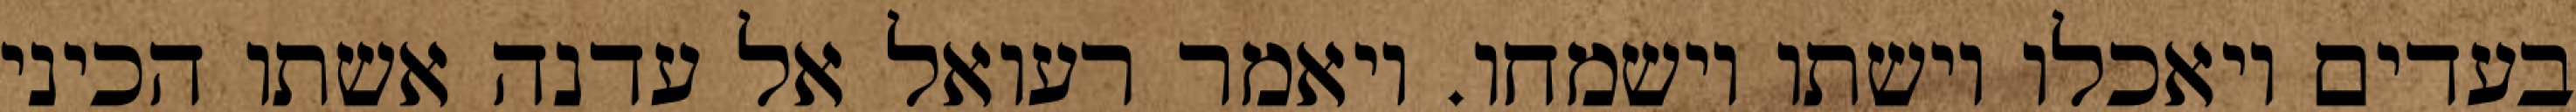
בעדים ויאכלו וישתו וישמחו. ויאמר רעואל אל עדנה אשתו הכיני